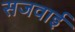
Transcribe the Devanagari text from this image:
सजवाई